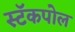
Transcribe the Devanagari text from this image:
स्टॅकपोल